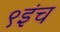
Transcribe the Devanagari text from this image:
९इंच